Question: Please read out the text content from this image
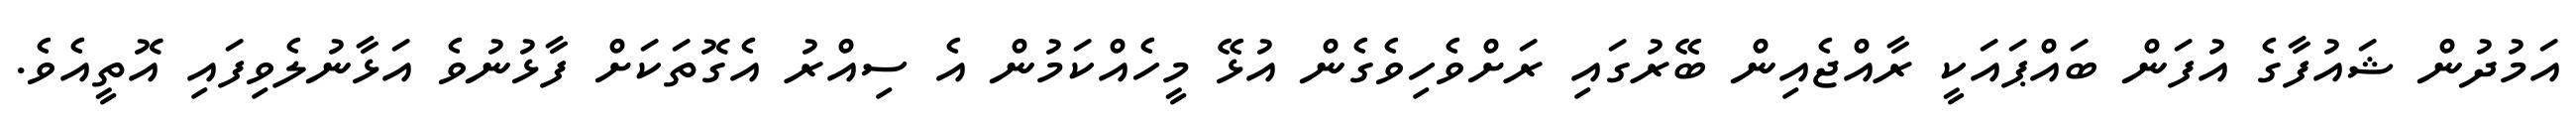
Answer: އަމުދުން ޝައުފާގެ އުފަން ބައްޕައަކީ ރާއްޖެއިން ބޭރުގައި ރަށްވެހިވެގެން އުޅޭ މީހެއްކަމުން އެ ސިއްރު އެގޮތަކަށް ފާޅުނުވެ އަޅާނުލެވިފައި އޮތީއެވެ.